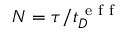
{ N } = \tau / t _ { D } ^ { \mathrm { ~ e ~ f ~ f ~ } }